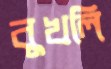
বুখলি